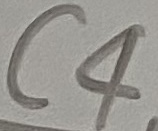
Text: C4